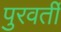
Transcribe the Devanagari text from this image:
पुरवर्ती